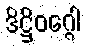
ဒိဋ္ဌိဝဂ္ဂေါ